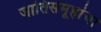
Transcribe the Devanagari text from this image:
जातिसमूहांचा